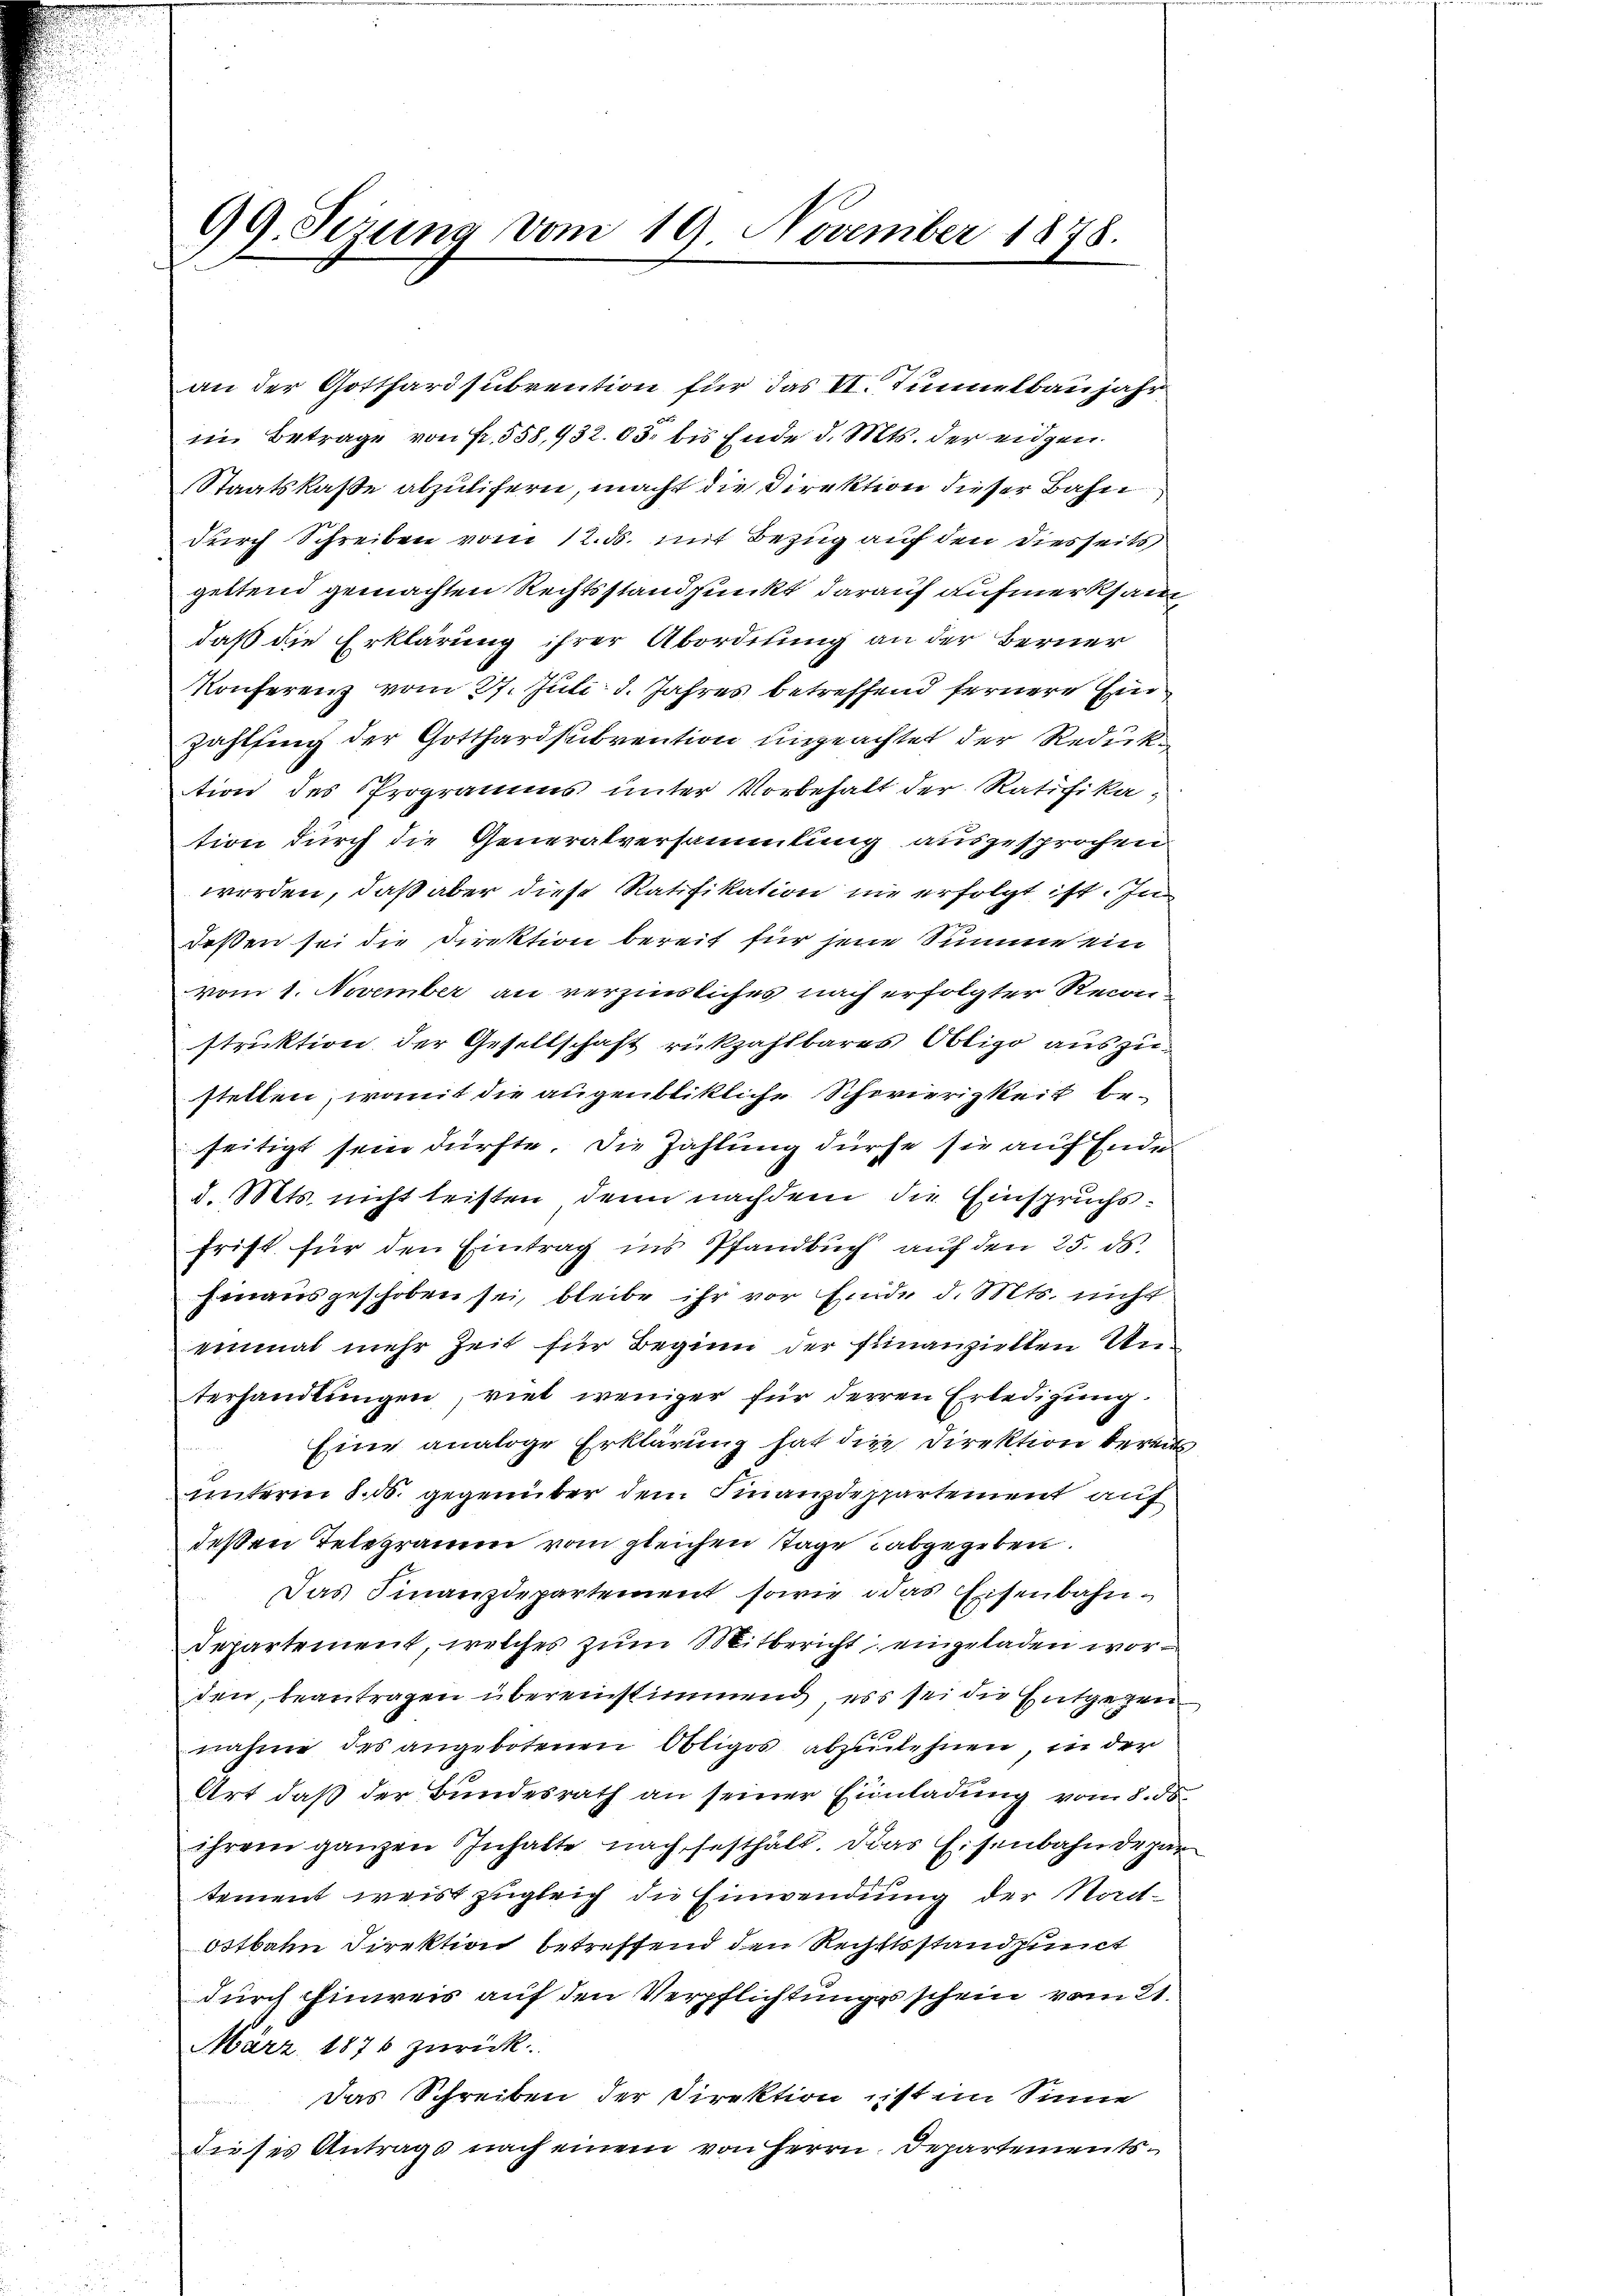
an der Gotthardsubvention für das VI. Tunnelbaujahr
in Betrage von Fr. 558,932. 65. bis Ende d. Mts. der eidgen.
Staatskasse abzulifern, macht die Direktion dieser Bahn
durch Schreiben vom 12. ds. mit Bezug auf den diesseits
geltend gemachten Rechtsstandpunkt darauf aufmerksam
daß die Erklärung ihrer Abordnung an der Berner
Konferenz vom 27. Juli d. Jahres betreffend fernere Einzahlung der Gotthardsubvention ungeachtet der Reduk
tion des Programms unter Vorbehalt der Ratifikation durch die Generalversammlung ausgesprochen
werden, daß aber diese Ratifikation nie erfolgt ist. In
deßen sei die Direktion bereit für jene Summe ein
vom 1. November an verzinsliches nach erfolgter Reconstruktion der Gesellschaft rückzahlbares Obligo auszustellen, womit die augenblikliche Schwierigkeit beseitigt sein dürfte. Die Zahlung dürfe sie auf Ende
d. Mts. nicht leisten, denn nachdem die Einspruchsfrist für den Eintrag ins Pfandbuch auf den 25. ds.
hinausgeschoben sei, bleibe ihr vor Einde d. Mts. nicht
einmal mehr Zeit für Beginn der Finanziellen Unterhandlungen, viel weniger für derren Erledigung.
Eine analoge Erklärung hat die Direktion berein
unterm 8. ds. gegenüber dem Finanzdeppartement auf
deßen Telegramen vom gleichen Tage abgegeben.
Das Finanzdepartement sowie das Eisenbahn¬
Departement, welches zum Mitbericht eingeladen worden, beantragen übereinstimmend es sei die Entgegennahme des angebotenen Obligos abzulehnen, in der
Art, daß der Bundesrath an seiner Einladung vom 8. ds
ihrem ganzen Inhalte nach festhält. Das Eisenbahndepatement weist zugleich die Einwendung der Not-
Ostbahn Direktion betreffend den Rechtsstandpunct
durch Einweis auf den Verpflichtungsschein vom 21.
März 1876 zurück.
Das Schreiben der Direktion ist im Sinne
dieses Antrags nach einem von Herrn. Departements¬

99. Sezung vom 19. November 1878.

.
n